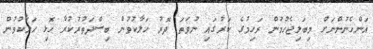
އަންހެނުންނަށް މިބަލިޖެހުމުން ރަހިމުގެ ކަރުގައި ނުވަތަ ދޮރު ހަލާކުވުން ބިސްދަތުރުކުރާ ހޮޅި ހަލާކުވުން